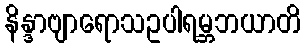
နိန္ဒာဗျာရောသဥပါရမ္ဘဘယာတိ